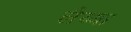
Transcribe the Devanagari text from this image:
लैय्या